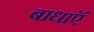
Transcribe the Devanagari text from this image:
बाधाऍं